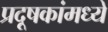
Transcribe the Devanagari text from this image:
प्रदूषकांमध्ये